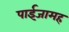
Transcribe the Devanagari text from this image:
पाईजामह